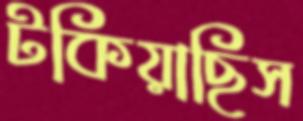
টকিয়াছিস